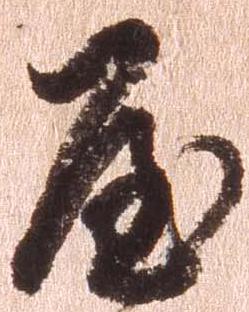
屋